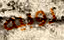
روبيه